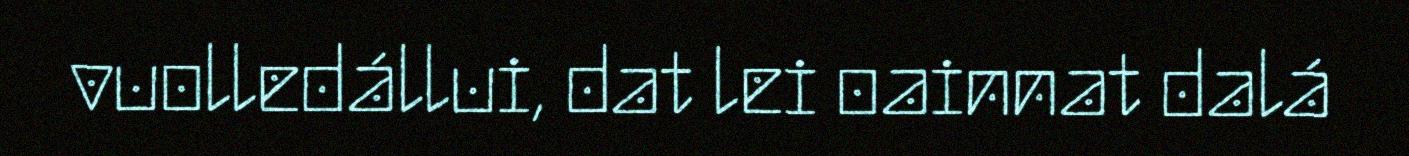
vuolledállui, dat lei oainnat dalá